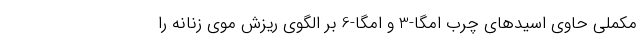
مکملی حاوی اسیدهای چرب امگا-3 و امگا-6 بر الگوی ریزش موی زنانه را